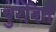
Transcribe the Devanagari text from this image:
पुरवितें